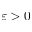
\varepsilon > 0